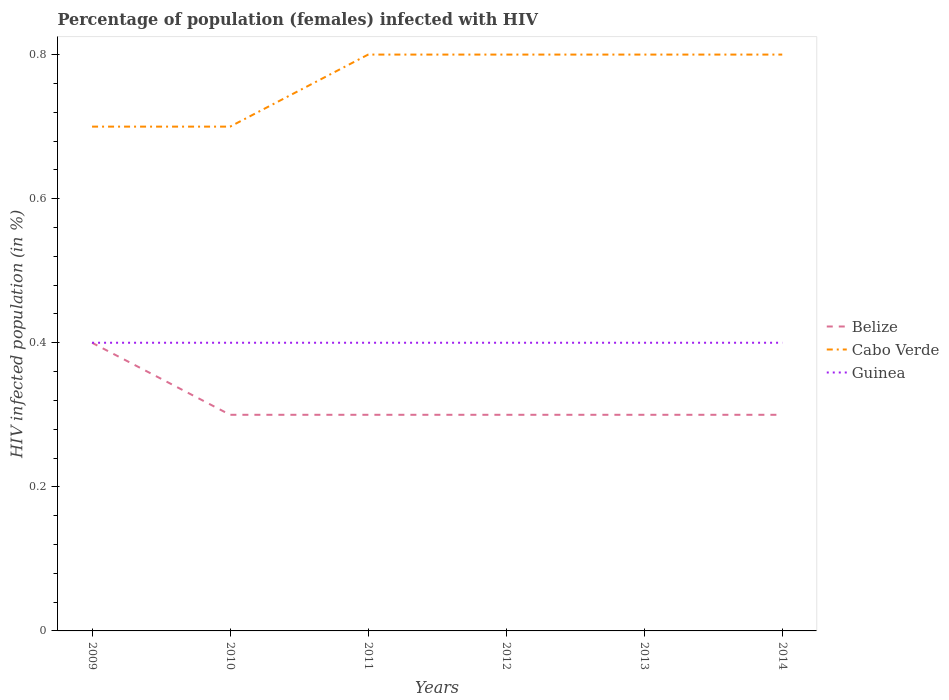
| Years | Belize | Cabo Verde | Guinea |
 | --- | --- | --- | --- |
 | 2009 | 0.4 | 0.7 | 0.4 |
 | 2010 | 0.3 | 0.7 | 0.4 |
 | 2011 | 0.3 | 0.8 | 0.4 |
 | 2012 | 0.3 | 0.8 | 0.4 |
 | 2013 | 0.3 | 0.8 | 0.4 |
 | 2014 | 0.3 | 0.8 | 0.4 |